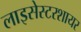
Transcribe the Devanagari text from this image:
लाइसेस्टरशायर